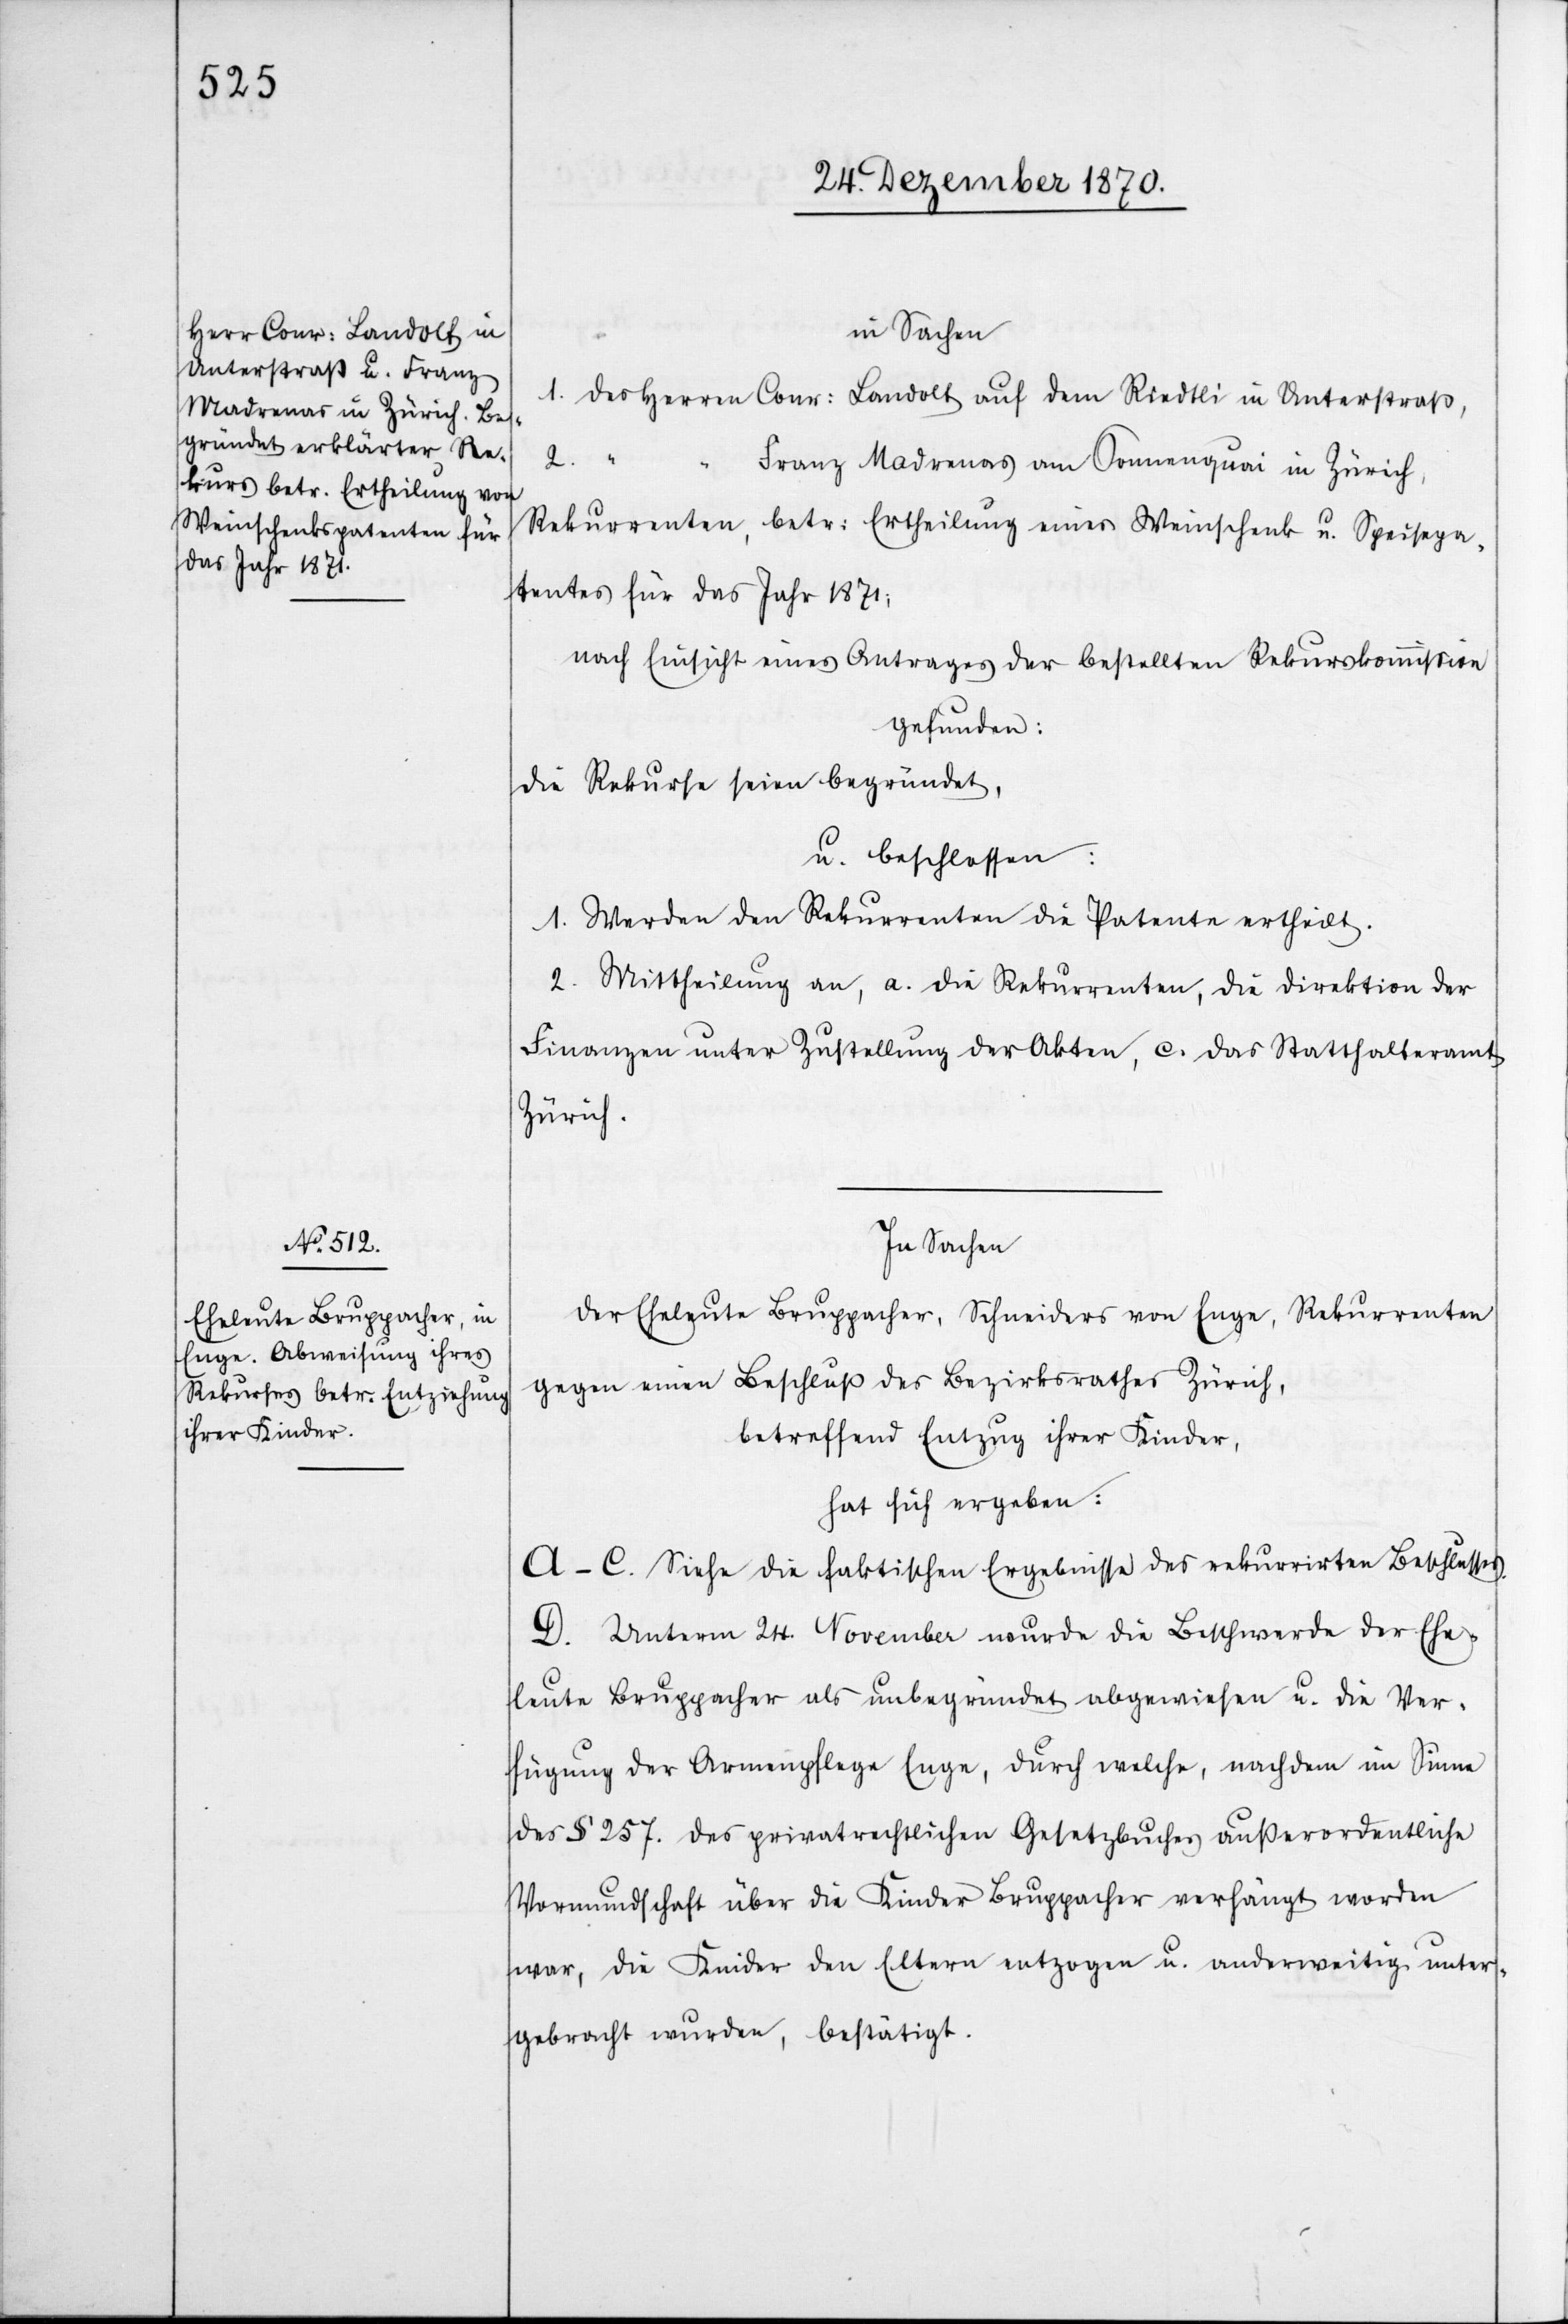
in Sachen
1. Des Herren Conr: Landolt auf dem Riedtli in Unterstraß,
2. “ “
Franz Madrenas am Sonnenquai in Zürich,
Rekurrenten, betr: Ertheilung eines Weinschenk u. Speisepa¬
tentes für das Jahr 1871;
nach Einsicht eines Antrages der bestellten Rekurskommißion
gefunden:
Die Rekurse seien begründet,
u. beschlossen:
1. Werden den Rekurrenten die Patente ertheilt.
2. Mittheilung an, a. die Rekurrenten, [b.] die Direktion der
Finanzen unter Zustellung der Akten, c. das Statthalteramt
Zürich.
In Sachen
der Eheleute Bruppacher, Schneiders von Enge, Rekurrenten
gegen einen Beschluß des Bezirksrathes Zürich,
betreffend Entzug ihrer Kinder,
hat sich ergeben:
A–C. Siehe die faktischen Ergebnisse des rekurrirten Beschlusses.
D. Unterm 24. November wurde die Beschwerde der Ehe¬
leute Bruppacher als unbegründet abgewiesen u. die Ver¬
fügung der Armenpflege Enge, durch welche, nachdem im Sinne
des § 257. des privatrechtlichen Gesetzbuches außerordentliche
Vormundschaft über die Kinder Bruppacher erhängt worden
war, die Kinder den Eltern entzogen u. anderweitig unter¬
gebracht wurden, bestätigt.